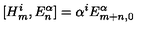
[ H _ { m } ^ { i } , E _ { n } ^ { \alpha } ] = \alpha ^ { i } E _ { m + n , 0 } ^ { \alpha }